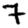
Digit: 7